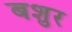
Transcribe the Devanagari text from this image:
बशुर